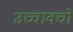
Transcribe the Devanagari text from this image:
उच्चावचो